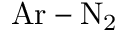
\mathrm { A r - N _ { 2 } }